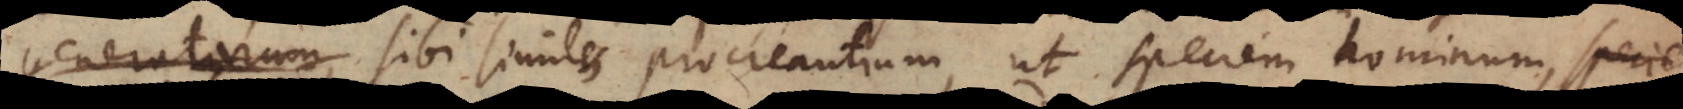
generatarum, sibi similes procreantium, ut speciem hominum, canum,